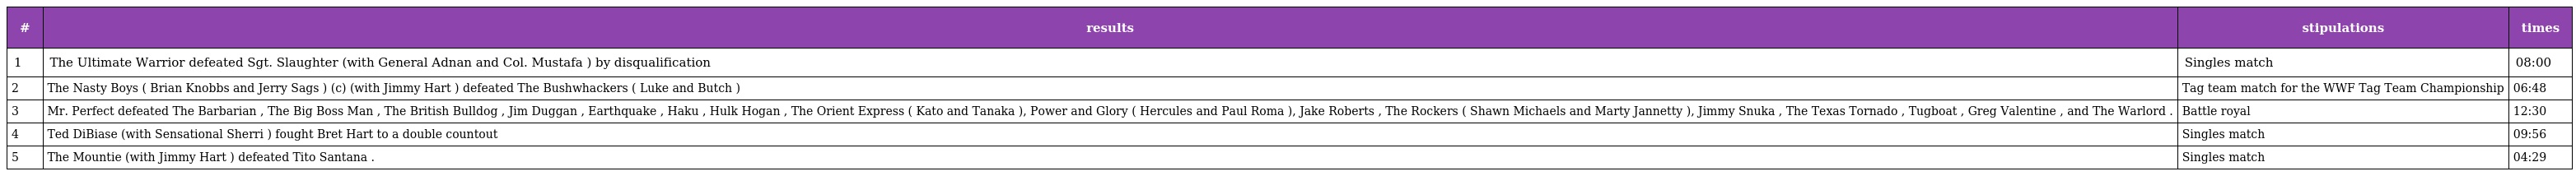
| # | results | stipulations | times |
 | --- | --- | --- | --- |
 | 1 | The Ultimate Warrior defeated Sgt. Slaughter (with General Adnan and Col. Mustafa ) by disqualification | Singles match | 08:00 |
 | 2 | The Nasty Boys ( Brian Knobbs and Jerry Sags ) (c) (with Jimmy Hart ) defeated The Bushwhackers ( Luke and Butch ) | Tag team match for the WWF Tag Team Championship | 06:48 |
 | 3 | Mr. Perfect defeated The Barbarian , The Big Boss Man , The British Bulldog , Jim Duggan , Earthquake , Haku , Hulk Hogan , The Orient Express ( Kato and Tanaka ), Power and Glory ( Hercules and Paul Roma ), Jake Roberts , The Rockers ( Shawn Michaels and Marty Jannetty ), Jimmy Snuka , The Texas Tornado , Tugboat , Greg Valentine , and The Warlord . | Battle royal | 12:30 |
 | 4 | Ted DiBiase (with Sensational Sherri ) fought Bret Hart to a double countout | Singles match | 09:56 |
 | 5 | The Mountie (with Jimmy Hart ) defeated Tito Santana . | Singles match | 04:29 |